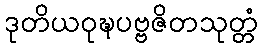
ဒုတိယဝုဍ္ဎပဗ္ဗဇိတသုတ္တံ